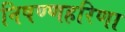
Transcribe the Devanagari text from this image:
निषण्णहरिणा